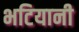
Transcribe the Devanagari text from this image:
भटियानी